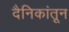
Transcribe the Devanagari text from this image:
दैनिकांतून